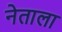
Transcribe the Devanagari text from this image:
नेताला